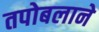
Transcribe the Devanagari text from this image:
तपोबलाने